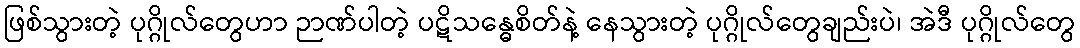
ဖြစ်သွားတဲ့ ပုဂ္ဂိုလ်တွေဟာ ဉာဏ်ပါတဲ့ ပဋိသန္ဓေစိတ်နဲ့ နေသွားတဲ့ ပုဂ္ဂိုလ်တွေချည်းပဲ၊ အဲဒီ ပုဂ္ဂိုလ်တွေ